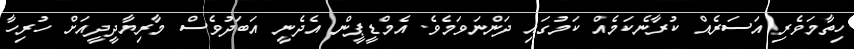
ހިތާމަވެރި އަސަރެއް ކުރާނެކަމެއް ކަމުގައި ދަންނަވަމެވެ. އެމްޑީޕީން އެދެނީ އަބަދުވެސް މާރިޔާދީދީއަށް ހުރިހާ